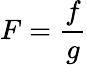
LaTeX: F={\frac{f}{g}}